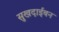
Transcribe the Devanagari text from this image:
सुखदाईबन